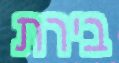
בירת